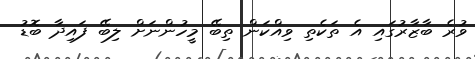
ވުރެ ބާޒާރުގައި އެ ތަކެތި ވިއްކަން ތިބޭ މީހުންނަށް ލިބޭ ފައިދާ ބޮޑު